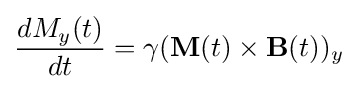
{\frac {dM_{y}(t)}{dt}}=\gamma (\mathbf {M} (t)\times \mathbf {B} (t))_{y}